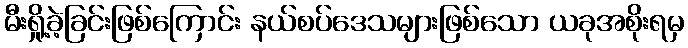
မီးရှို့ခဲ့ခြင်းဖြစ်ကြောင်း နယ်စပ်ဒေသများဖြစ်သော ယခုအစိုးရမှ